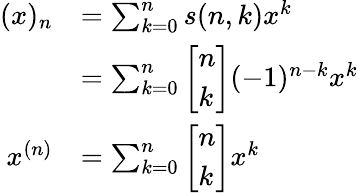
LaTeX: {\begin{array}{rl}{(x)_{n}}&{=\sum_{k=0}^{n}s(n,k)x^{k}}\\ &{=\sum_{k=0}^{n}{\left[\begin{array}{l}{n}\\ {k}\end{array}\right]}(-1)^{n-k}x^{k}}\\ {x^{(n)}}&{=\sum_{k=0}^{n}{\left[\begin{array}{l}{n}\\ {k}\end{array}\right]}x^{k}}\end{array}}